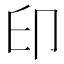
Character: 印